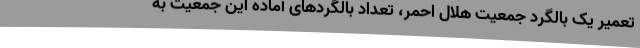
تعمیر یک بالگرد جمعیت هلال احمر، تعداد بالگردهای آماده این جمعیت به